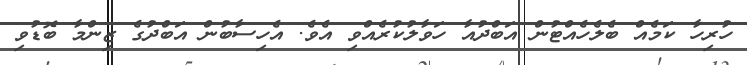
ހުރިހާ ކަމެއް ބެލެހެއްޓުން އަބްދުއާ ހަވާލުކުރެއްވި އެވެ. އެހިސާބުން އަބްދުގެ ޒިންމާ ބޮޑުވި